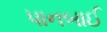
પાનબાઈ